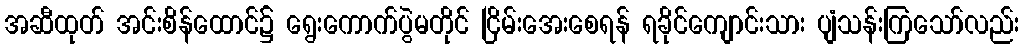
အဆီထုတ် အင်းစိန်ထောင်၌ ရွေးကောက်ပွဲမတိုင် ငြိမ်းအေးစေရန် ရခိုင်ကျောင်းသား ပျံသန်းကြသော်လည်း